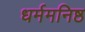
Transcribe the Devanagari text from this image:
धर्ममनिष्ठ